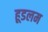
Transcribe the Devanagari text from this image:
हूडलम